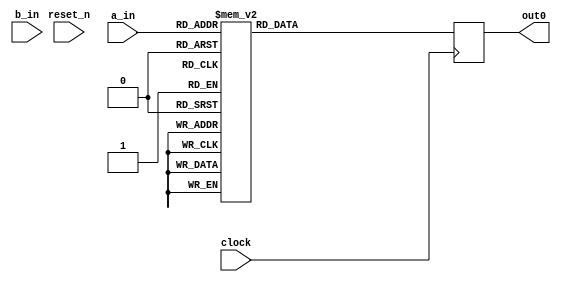
// DEFINES
`define BITS 4         // Bit width of the operands

module 	bm_tester(clock, 
		reset_n, 
		a_in, 
		b_in,
		out0,
		);

// SIGNAL DECLARATIONS
input	clock;
input 	reset_n;

input [`BITS-1:0] a_in;
input  b_in;

output [`BITS-1:0] out0;

reg [`BITS-1:0]    out0;

always @(posedge clock)
begin
	case (a_in)
		4'b0000: out0 <= 4'b1111 ;
		4'b0001: out0 <= 4'b1110 ;
		4'b0010: out0 <= 4'b1101 ;
		4'b0011: out0 <= 4'b1100 ;
		4'b0100: out0 <= 4'b1011 ;
		4'b0101: out0 <= 4'b1010 ;
		4'b0110: out0 <= 4'b1001 ;
		4'b0111: out0 <= 4'b1000 ;
		4'b1000: out0 <= 4'b0111 ;
		4'b1001: out0 <= 4'b0110 ;
		4'b1010: out0 <= 4'b0101 ;
		4'b1011: out0 <= 4'b0100 ;
		4'b1100: out0 <= 4'b0011 ;
		4'b1101: out0 <= 4'b0010 ;
		4'b1110: out0 <= 4'b0001 ;
		4'b1111: out0 <= 4'b0000 ;
		default: out0 <= 4'b0000 ;
	endcase
end

endmodule